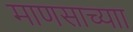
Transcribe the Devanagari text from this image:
माणसाच्याा